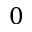
0